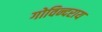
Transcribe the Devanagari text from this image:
गोविन्दराय